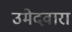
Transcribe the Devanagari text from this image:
उमेदवारा